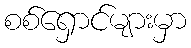
စစ်ရှောင်များမှာ